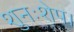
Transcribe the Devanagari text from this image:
शुनःशेप।